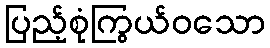
ပြည့်စုံကြွယ်ဝသော